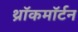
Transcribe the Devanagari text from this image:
थ्रॉकमॉर्टन